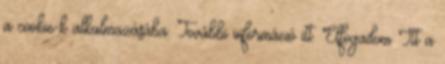
a cookie-k alkalmazásába. További információ itt. Elfogadom Itt a